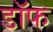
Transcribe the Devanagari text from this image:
डॉफ